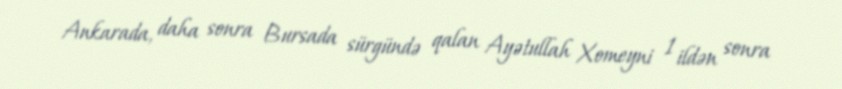
Ankarada, daha sonra Bursada sürgündə qalan Ayətullah Xomeyni 1 ildən sonra